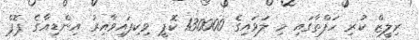
ރިލީޒް ކުރި ހަފްތާގައި މި ލަވައިގެ 130000 ކޮޕީ ވިކިފައިވާއިރު އިންޑިއާގެ ޕޮޕް